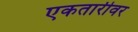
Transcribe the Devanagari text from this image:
एकतारीवर